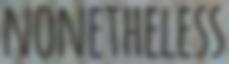
NONETHELESS